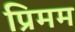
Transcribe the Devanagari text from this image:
प्रिमम